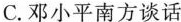
C.邓小平南方谈话